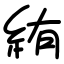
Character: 絠